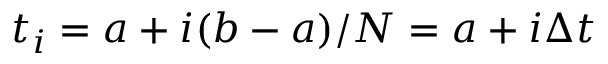
t _ { i } = a + i ( b - a ) / N = a + i \Delta t